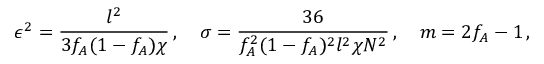
\epsilon ^ { 2 } = \frac { l ^ { 2 } } { 3 f _ { A } ( 1 - f _ { A } ) \chi } \, , \quad \sigma = \frac { 3 6 } { f _ { A } ^ { 2 } ( 1 - f _ { A } ) ^ { 2 } l ^ { 2 } \chi N ^ { 2 } } \, , \quad m = 2 f _ { A } - 1 \, ,